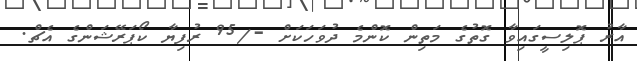
އާރު ޕޮލިސީގައިވާ ގޮތުގެ މަތިން ކޮންމެ ދުވަހަކަށް -/95 ރުފިޔާ ކޯޕަރޭޝަންގެ އެޗް.